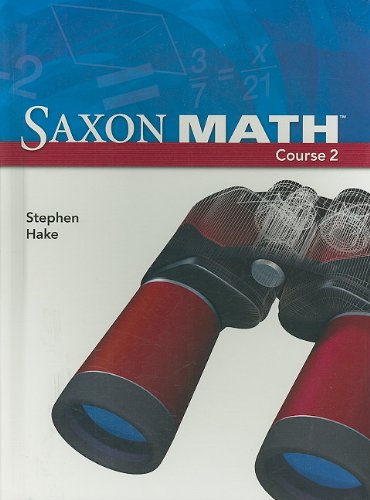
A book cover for Saxon Math, Course 2 (Student Edition); Stephen Hake; Teen & Young Adult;